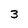
Character: 3